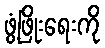
ဖွံ့ဖြိုးရေးကို